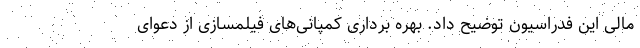
مالی این فدراسیون توضیح داد. بهره برداری کمپانی‌های فیلمسازی از دعوای